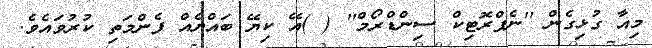
މިއާ ގުޅިގެން ''ނެފްރޮޓިކް ސިންޑްރޯމް'' ( )އޭ ކިޔޭ ބައްޔެއް ފެންމަތި ކުރުވައެވެ.